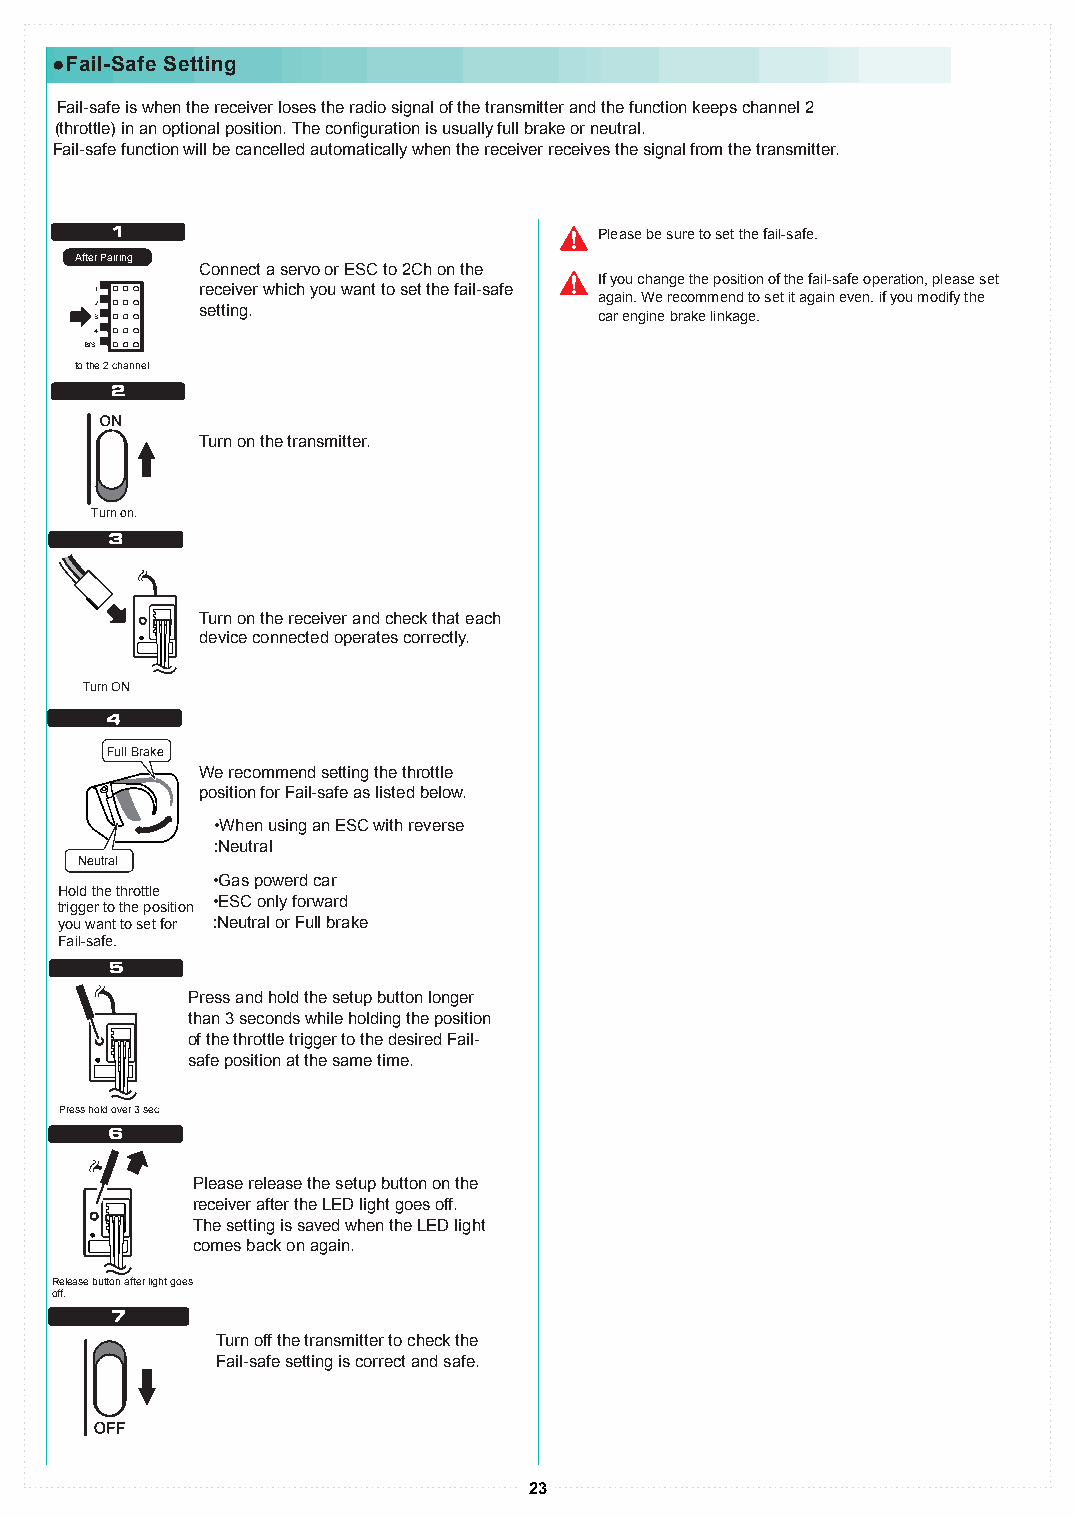
●Fail-Safe Setting
 Fail-safe is when the receiver loses the radio signal of the transmitter and the function keeps channel 2
 (throttle) in an optional position. The configuration is usually full brake or neutral.
 Fail-safe function will be cancelled automatically when the receiver receives the signal from the transmitter.
 Please be sure to set the fail-safe.
 After Pairing
 Connect a servo or ESC to 2Ch on the
 If you change the position of the fail-safe operation, please set
 1      receiver which you want to set the fail-safe again. We recommend to set it again even. if you modify the
 2      setting.
 3                                 car engine brake linkage.
 4
 B/S
 to the 2 channel
 Turn on the transmitter.
 Turn on.
 Turn on the receiver and check that each
 device connected operates correctly.
 Turn ON
 Full Brake
 We recommend setting the throttle
 position for Fail-safe as listed below.
 •When using an ESC with reverse
 :Neutral
 Neutral
 •Gas powerd car
 Hold the throttle
 •ESC only forward
 trigger to the position
 you want to set for :Neutral or Full brake
 Fail-safe.
 Press and hold the setup button longer
 than 3 seconds while holding the position
 of the throttle trigger to the desired Fail-
 safe position at the same time.
 Press hold over 3 sec
 Please release the setup button on the
 receiver after the LED light goes off.
 The setting is saved when the LED light
 comes back on again.
 Release button after light goes
 off.
 Turn off the transmitter to check the
 Fail-safe setting is correct and safe.
 23